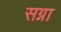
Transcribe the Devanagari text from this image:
सग्ना